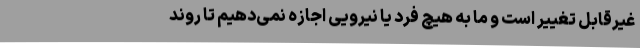
غیرقابل تغییر است و ما به هیچ فرد یا نیرویی اجازه نمی‌دهیم تا روند